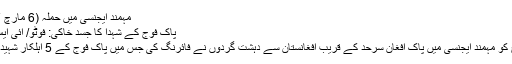
مہمند ایجنسی میں حملہ (6 مارچ 2017)
پاک فوج کے شہدا کا جسدِ خاکی: فوٹو/ آئی ایس پی آر
6 مارچ کو مہمند ایجنسی میں پاک افغان سرحد کے قریب افغانستان سے دہشت گردوں نے فائرنگ کی جس میں پاک فوج کے 5 اہلکار شہید ہوگئے۔